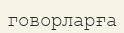
говорларға